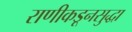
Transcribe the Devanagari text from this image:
राणीकडूनसुद्धा